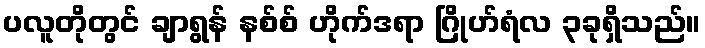
ပလူတိုတွင် ချာရွန် နစ်စ် ဟိုက်ဒရာ ဂြိုဟ်ရံလ ၃ခုရှိသည်။